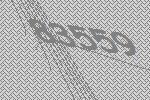
83559